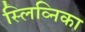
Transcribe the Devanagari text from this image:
स्लिव्निका